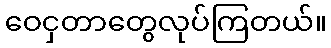
ဝေငှတာတွေလုပ်ကြတယ်။